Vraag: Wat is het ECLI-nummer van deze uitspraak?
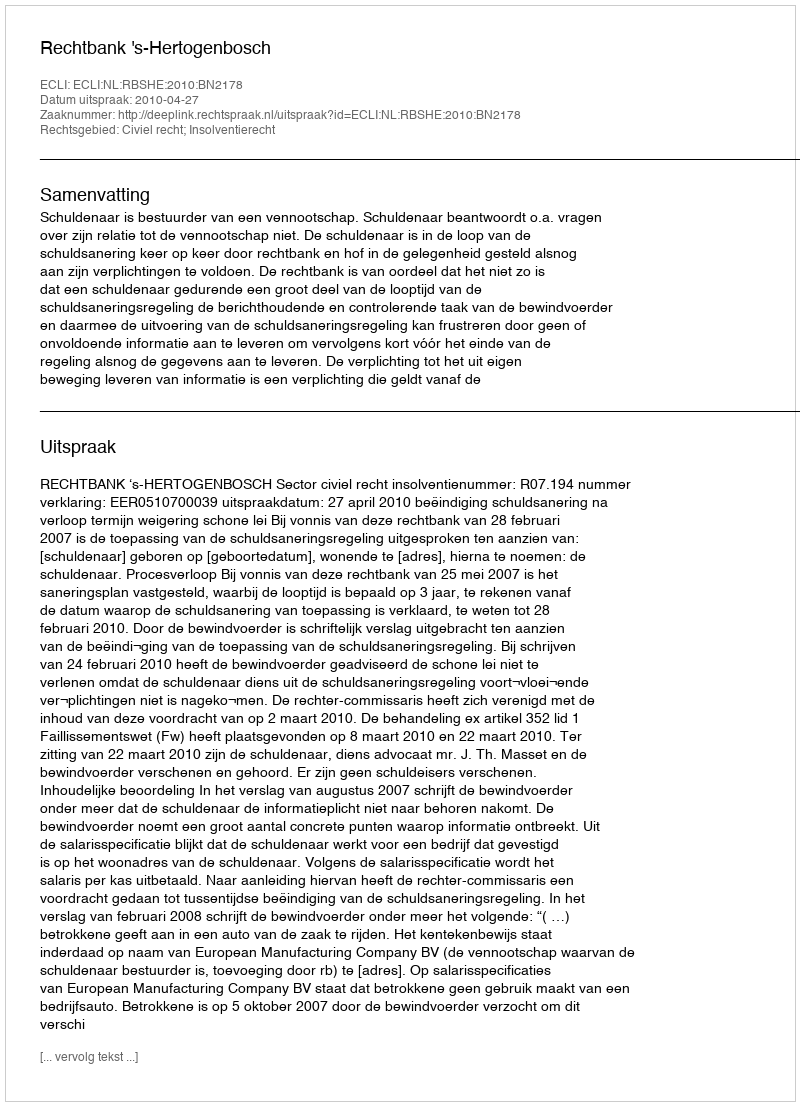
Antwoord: ECLI:NL:RBSHE:2010:BN2178